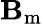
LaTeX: \mathbf{B}_{\mathrm{m}}